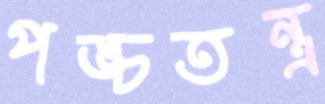
পঙ্চতন্ত্র